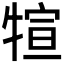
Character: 𤚗